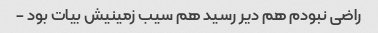
راضی نبودم هم دیر رسید هم سیب زمینیش بیات بود -